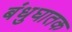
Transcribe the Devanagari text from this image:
बंधुघातक